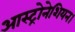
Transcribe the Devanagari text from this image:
आस्ट्रोनेशियन।